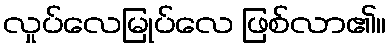
လှုပ်လေမြုပ်လေ ဖြစ်လာ၏။